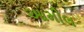
આમીલ